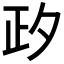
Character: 𣥛